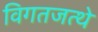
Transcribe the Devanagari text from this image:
विगतजत्थे